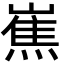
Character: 嶣